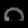
Digit: ၈